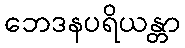
ဘေဒနပရိယန္တာ